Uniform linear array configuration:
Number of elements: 8
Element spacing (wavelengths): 0.25
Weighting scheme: hann
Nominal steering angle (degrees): -30
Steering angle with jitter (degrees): -28.148
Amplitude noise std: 0.05
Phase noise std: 0.05

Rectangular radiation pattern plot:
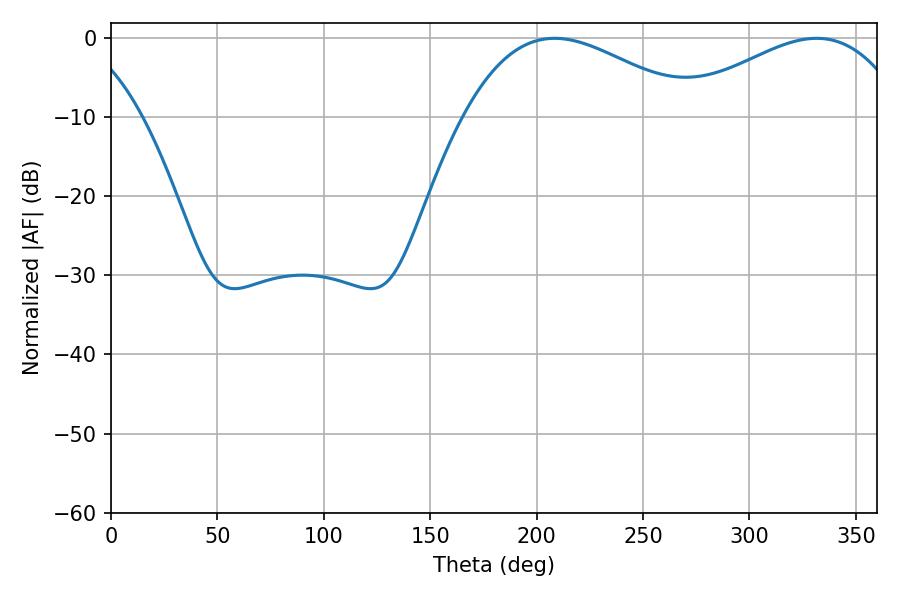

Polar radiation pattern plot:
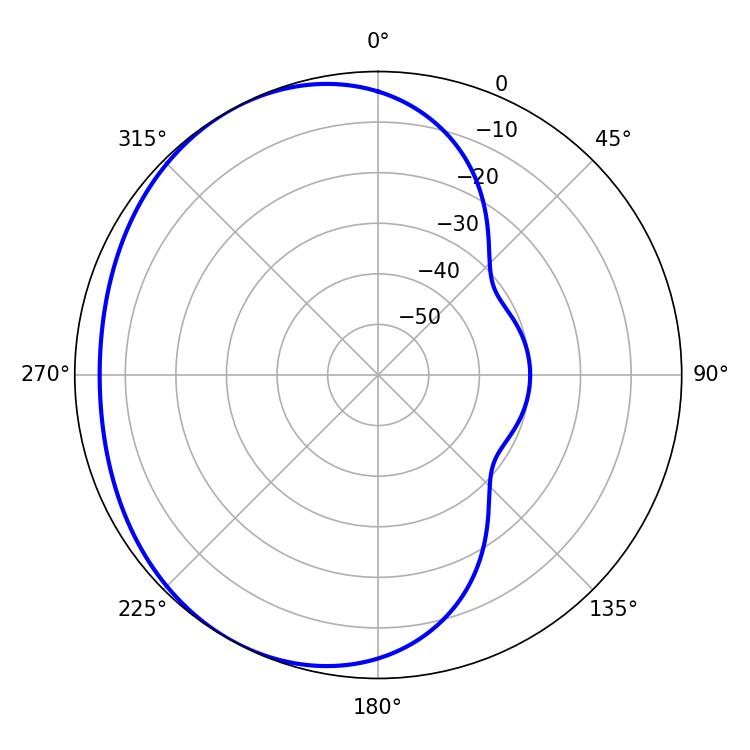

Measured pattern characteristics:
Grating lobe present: FALSE
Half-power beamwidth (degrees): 59.4
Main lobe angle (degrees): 208.44